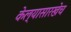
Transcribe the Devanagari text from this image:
केल्यासारखेच